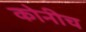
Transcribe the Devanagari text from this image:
कोनीच